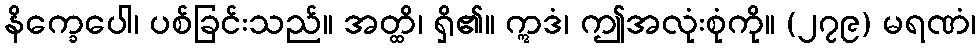
နိက္ခေပေါ၊ ပစ်ခြင်းသည်။ အတ္ထိ၊ ရှိ၏။ ဣဒံ၊ ဤအလုံးစုံကို။ (၂၇၉) မရဏံ၊